Indian journal of veterinary science and animal husbandry - Volume 6,
Year: 1936
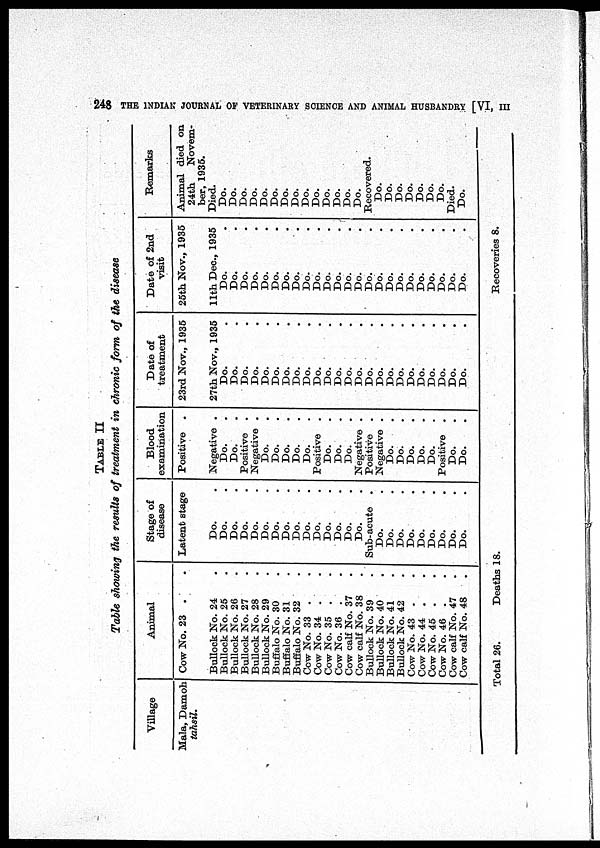
248 THE INDIAN JOURNAL OF VETERINARY SCIENCE AND ANIMAL HUSBANDRY [VI,
III
TABLE II
Table showing the results of treatment in chronic form of the disease
Village
Mala, Damoh
tahsil.
Animal
Cow No. 23 . .
Bullock No. 24 .
Bullock No. 25 .
Bullock No. 26 .
Bullock No. 27 .
Bullock No. 28 .
Bullock No. 29 .
Buffalo No. 30 .
Buffalo No. 31 .
Buffalo No. 32 .
Cow No. 33 . .
Cow No. 34 . .
Cow No. 35 . .
Cow No. 36 . .
Cow calf No. 37 .
Cow calf No. 38 .
Bullock No. 39 .
Bullock No. 40 .
Bullock No. 41 .
Bullock No. 42 .
Cow No. 43 . .
Cow No. 44 . .
Cow No. 45 . .
Cow No. 46 . .
Cow calf No. 47 .
Cow calf No. 48 .
Stage of
disease
Latent stage
Do. .
Do. .
Do. .
Do. .
Do. .
Do. .
Do. .
Do. .
Do. .
Do. .
Do. .
Do. .
Do. .
Do. .
Do. .
Sub-acute .
Do. .
Do. .
Do. .
Do. .
Do. .
Do. .
Do. .
Do. .
Do. .
Blood
examination
Positive .
Negative .
Do. .
Do. .
Positive .
Negative .
Do. .
Do. .
Do. .
Do. .
Do. .
Positive .
Do. .
Do. .
Do. .
Negative .
Positive .
Negative .
Do. .
Do. .
Do. .
Do. .
Do. .
Positive .
Do. .
Do. .
Date of
treatment
23rd Nov., 1935
27th Nov., 1935
Do. .
Do. .
Do. .
Do. .
Do. .
Do. .
Do. .
Do. .
Do. .
Do. .
Do. .
Do. .
Do. .
Do. .
Do. .
Do. .
Do. .
Do. .
Do. .
Do. .
Do. .
Do. .
Do. .
Do. .
Date of 2nd
visit
25th Nov., 1935
11th Dec., 1935
Do. .
Do. .
Do. .
Do. .
Do. .
Do. .
Do. .
Do. .
Do. .
Do. .
Do. .
Do. .
Do. .
Do. .
Do. .
Do. .
Do. .
Do. .
Do. .
Do. .
Do. .
Do. .
Do. .
Do. .
Remarks
Animal died on
24th
Novem-
ber, 1935.
Died.
Do.
Do.
Do.
Do.
Do.
Do.
Do.
Do.
Do.
Do.
Do.
Do.
Do.
Do.
Recovered.
Do.
Do.
Do.
Do.
Do.
Do.
Do.
Died.
Do.
Total 26.
Deaths
18.
Recoveries 8.